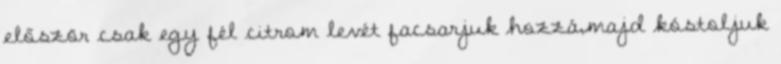
először csak egy fél citrom levét facsarjuk hozzá,majd kóstoljuk